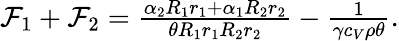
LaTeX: \begin{array}{r}{\mathcal{F}_{1}+\mathcal{F}_{2}=\frac{\alpha_{2}R_{1}r_{1}+\alpha_{1}R_{2}r_{2}}{\theta R_{1}r_{1}R_{2}r_{2}}-\frac{1}{\gamma c_{V}\rho\theta}.}\end{array}